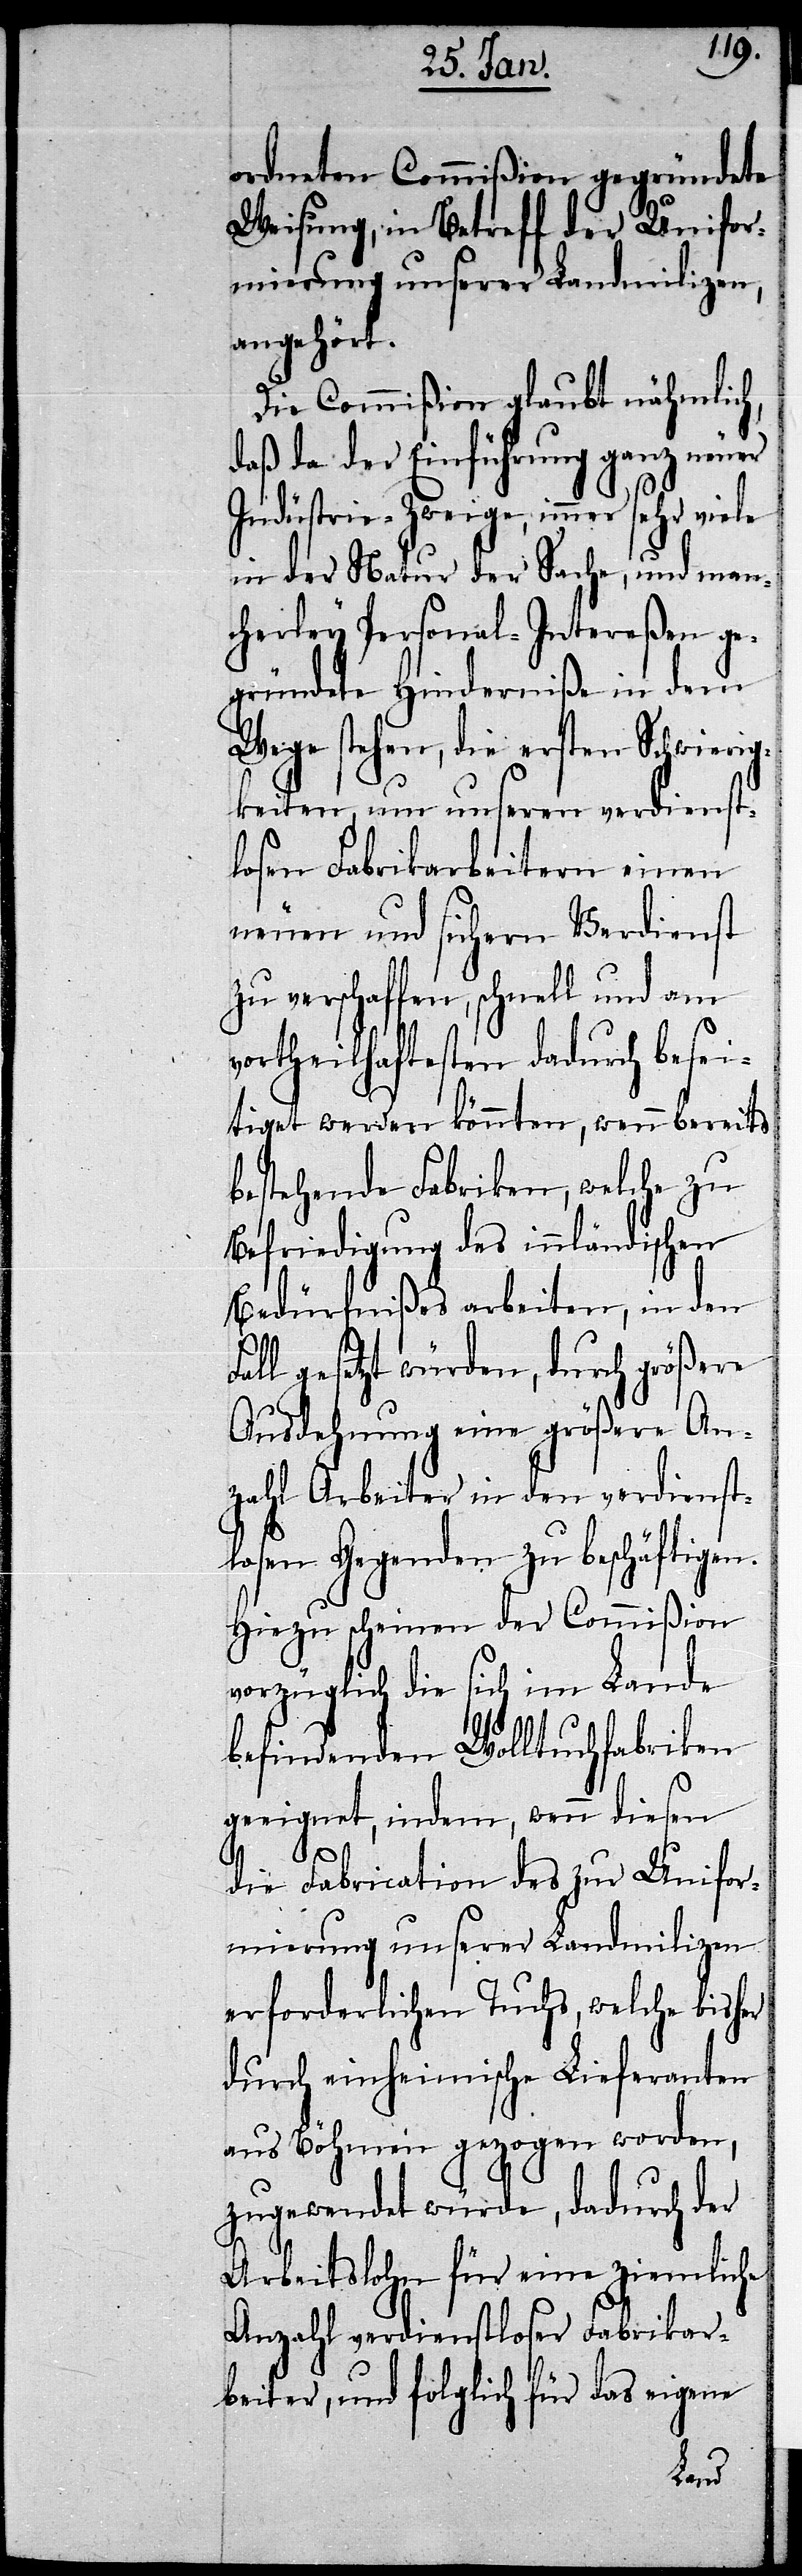
ordneten Commißion gegründete
Weisung, in Betreff der Unifor¬
mierung unserer Landmilizen,
angehört.
Die Commißion glaubt nähmlich,
daß da der Einführung ganz neuer
Indüstrie-Zweige, immer sehr viele
in der Natur der Sache, und man¬
cherley Personal-Intereßen ge¬
gründete Hinderniße in dem
Wege stehen, die ersten Schwierig¬
keiten, um unseren verdienst¬
losen Fabrikarbeitern einen
neuen und sichern Verdienst
zu verschaffen, schnell und am
vortheilhaftesten dadurch besei¬
tiget werden könnten, wenn bereits
bestehende Fabriken, welche zu
Befriedigung des innländischen
Bedürfnißes arbeiten, in den
gesetzt würden, durch größere
Ausdehnung eine größere An¬
zahl Arbeiter in den verdienst¬
losen Gegenden zu beschäftigen.
Hiezu scheinen der Commißion
vorzüglich die sich im Lande
befindenden Wolltuchfabriken
geeignet, indem, wenn diesen
die Fabrication des zur Unifor¬
mierung unserer Landmilizen
erforderlichen Tuchs, welche bisher
durch einheimische Lieferanten
aus Böhmen gezogen worden,
zugewendet würde, dadurch der
Arbeitslohn für eine ziemliche
Anzahl verdienstloser Fabrikar¬
beiter, und folglich für das eigene